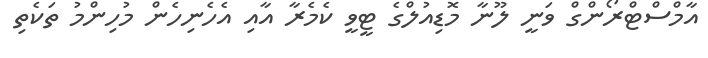
އާމްސްޓްރޯންގް ވަނީ ލޫނާ މޮޑިއުލްގެ ޓީވީ ކެމެރާ އާއި އެހެނިހެން މުހިންމު ތަކެތި